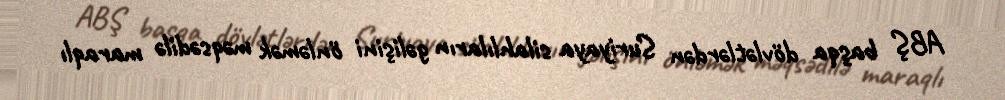
ABŞ başqa dövlətlərdən Suriyaya silahlıların gəlişini önləmək məqsədilə maraqlı